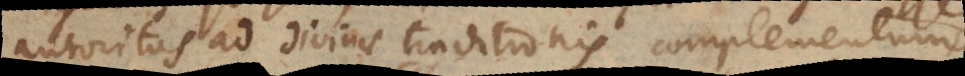
autoritas ad divinae traditionis complementu